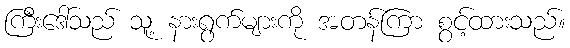
ကြီးဒေါ်သည် သူ့ နားရွက်များကို အတန်ကြာ စွင့်ထားသည်။